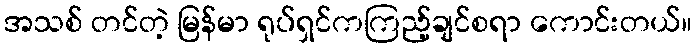
အသစ် တင်တဲ့ မြန်မာ ရုပ်ရှင်ကကြည့်ချင်စရာ ကောင်းတယ်။